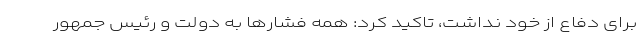
برای دفاع از خود نداشت، تاکید کرد: همه فشارها به دولت و رئیس جمهور